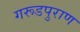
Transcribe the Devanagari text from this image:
गरूडपुराण